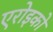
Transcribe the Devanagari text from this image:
एरोइको